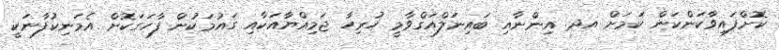
ކޮށްފައިވާކަންކަން ކަމަށް އދ. އިންނާއި ބައިނަލްއަގްވާމީ ހުރިހާ ޖަމިއްޔާއަކާއި ގައުމަކުން ފާހަގަކޮށް އެމަނިކުފާނަކީ